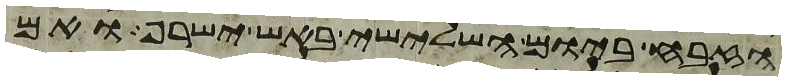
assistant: הזבח ביום השלישי באש ישרף ואם